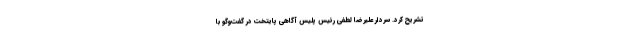
تشریح کرد. سردار علیرضا لطفی رئیس پلیس آگاهی پایتخت در گفت‌وگو با